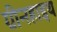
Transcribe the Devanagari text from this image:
ग्रीनहाइथ